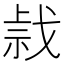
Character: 𢧍